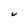
Character: V